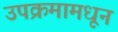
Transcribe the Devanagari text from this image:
उपक्रमामधून